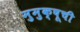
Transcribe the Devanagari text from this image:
मुमुक्षूची